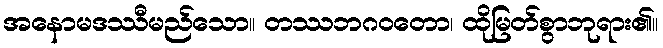
အနောမဒဿီမည်သော။ တဿဘဂဝတော၊ ထိုမြတ်စွာဘုရား၏။